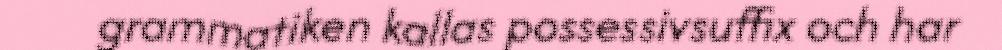
grammatiken kallas possessivsuffix och har